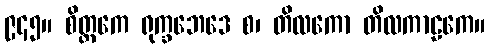
၉၄၅။ စိတ္တကေ ရုက္ခဘေဒေ စ၊ တိလကော တိလကာဠကေ။